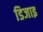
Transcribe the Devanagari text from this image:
डिजाइ